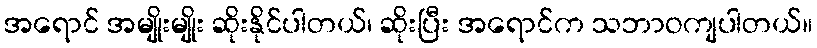
အရောင် အမျိုးမျိုး ဆိုးနိုင်ပါတယ်၊ ဆိုးပြီး အရောင်က သဘာဝကျပါတယ်။